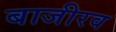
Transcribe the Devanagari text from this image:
बाजीरव